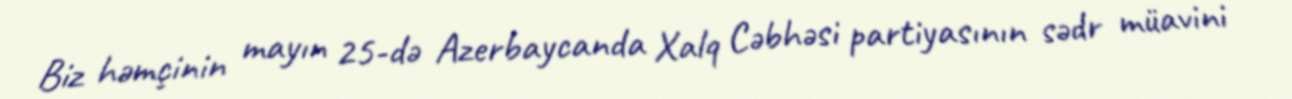
Biz həmçinin mayın 25-də Azerbaycanda Xalq Cəbhəsi partiyasının sədr müavini